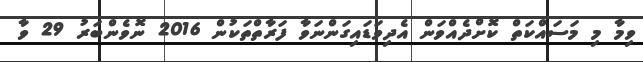
ވިމާ މި މަސައްކަތް ކޮށްދެއްވަން އެދިވަޑައިގަންނަވާ ފަރާތްތަކުން 2016 ނޮވެންބަރު 29 ވާ